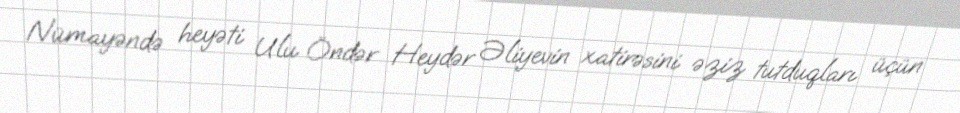
Nümayəndə heyəti Ulu Öndər Heydər Əliyevin xatirəsini əziz tutduqları üçün